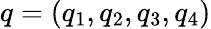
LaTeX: q=(q_{1},q_{2},q_{3},q_{4})